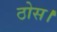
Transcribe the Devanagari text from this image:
ठोस।